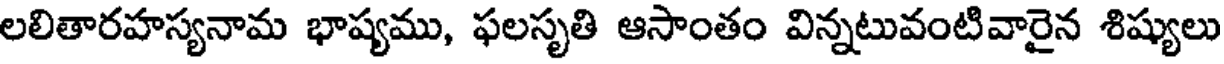
లలితారహస్యనామ భాష్యము, ఫలసృతి ఆసాంతం విన్నటువంటివారైన శిష్యులు